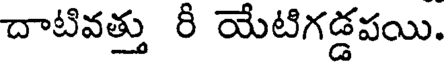
దాటివత్తు రీ యేటిగడ్డపయి.